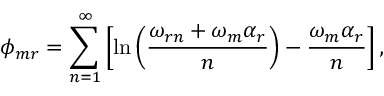
\phi _ { m r } = \sum _ { n = 1 } ^ { \infty } \left[ \ln \left( \frac { \omega _ { r n } + \omega _ { m } \alpha _ { r } } { n } \right) - \frac { \omega _ { m } \alpha _ { r } } { n } \right] ,